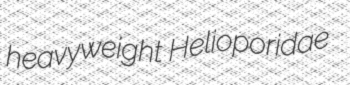
heavyweight Helioporidae